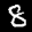
Label: 8